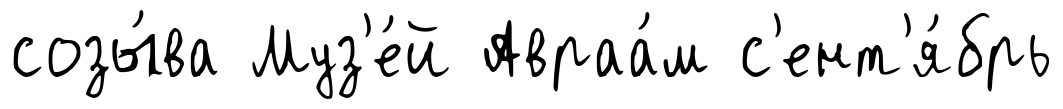
созы́ва Муз'е́й Авраа́м с'ент'я́брь